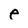
Character: e